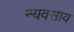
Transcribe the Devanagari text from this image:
न्यवसाय